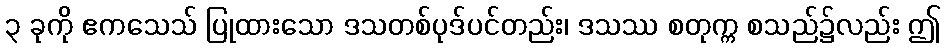
၃ ခုကို ဧကသေသ် ပြုထားသော ဒသတစ်ပုဒ်ပင်တည်း၊ ဒသဿ စတုက္က စသည်၌လည်း ဤ